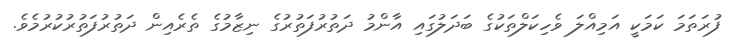
ފުރަތަމަ ކަމަކީ އަމިއްލަ ވެހިކަލްތަކުގެ ބަދަލުގައި އާންމު ދަތުރުފަތުރުގެ ނިޒާމުގެ ތެރެއިން ދަތުރުފަތުރުކުރުމެވެ.